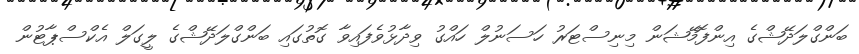
ބަންގްލަދޭޝްގެ އިންފޮމޭޝަން މިނިސްޓަރު ހަސަނުލް ހައްގު ވިދާޅުވެފައިވާ ގޮތުގައި ބަންގްލަދޭޝްގެ ލީގަލް އެކްސްޕާޓުން